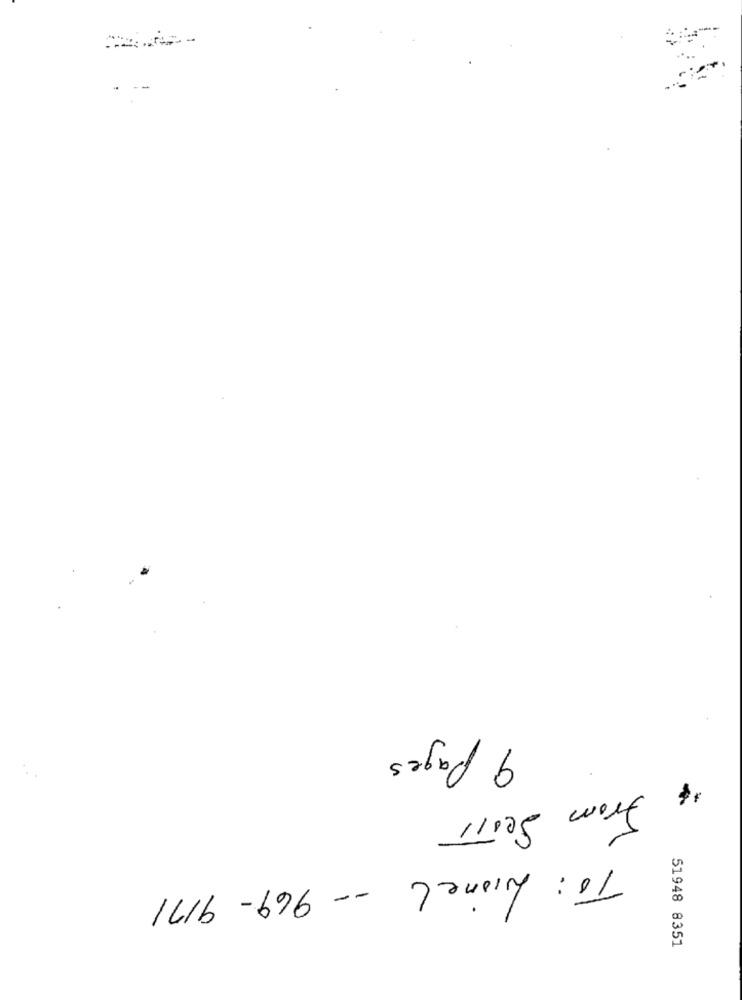
- --
9 Pages
From SerTI
To: Lionel -- 969- 9171
51948 8351